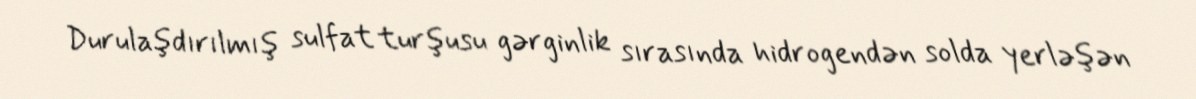
Durulaşdırılmış sulfat turşusu gərginlik sırasında hidrogendən solda yerləşən